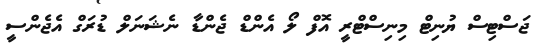
ޖަސްޓިސް ޔުނިޓް މިނިސްޓްރީ އޮފް ލޯ އެންޑް ޖެންޑާ ނެޝަނަލް ޑުރަގް އެޖެންސީ